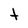
Character: t